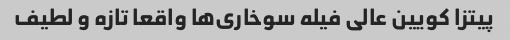
پیتزا کویین عالی فیله سوخاری‌ها واقعا تازه و لطیف